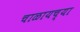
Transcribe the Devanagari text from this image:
चाळायच्या